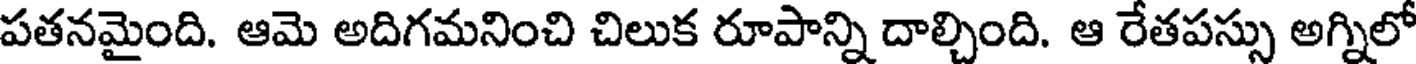
పతనమైంది. ఆమె అదిగమనించి చిలుక రూపాన్ని దాల్చింది. ఆ రేతపస్సు అగ్నిలో